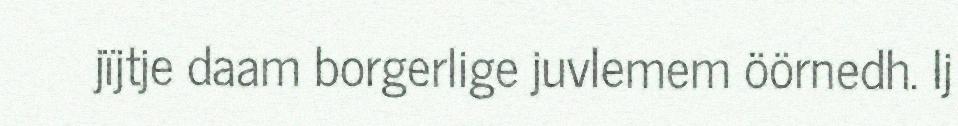
jïjtje daam borgerlige juvlemem öörnedh. Ij